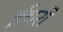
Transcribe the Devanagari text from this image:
ईथरों